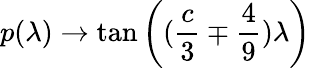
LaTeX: p(\lambda)\rightarrow\tan\left((\frac{c}{3}\mp\frac{4}{9})\lambda\right)